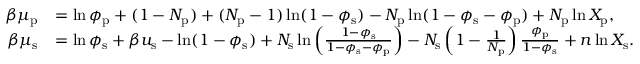
\begin{array} { r l } { \beta \mu _ { \mathrm { p } } } & { = \ln \phi _ { \mathrm { p } } + ( 1 - N _ { \mathrm { p } } ) + ( N _ { \mathrm { p } } - 1 ) \ln ( 1 - \phi _ { \mathrm { s } } ) - N _ { \mathrm { p } } \ln ( 1 - \phi _ { \mathrm { s } } - \phi _ { \mathrm { p } } ) + N _ { \mathrm { p } } \ln X _ { \mathrm { p } } , } \\ { \beta \mu _ { \mathrm { s } } } & { = \ln \phi _ { \mathrm { s } } + \beta u _ { \mathrm { s } } - \ln ( 1 - \phi _ { \mathrm { s } } ) + N _ { \mathrm { s } } \ln \left( \frac { 1 - \phi _ { \mathrm { s } } } { 1 - \phi _ { \mathrm { s } } - \phi _ { \mathrm { p } } } \right) - N _ { \mathrm { s } } \left( 1 - \frac { 1 } { N _ { \mathrm { p } } } \right) \frac { \phi _ { \mathrm { p } } } { 1 - \phi _ { \mathrm { s } } } + n \ln X _ { \mathrm { s } } . } \end{array}